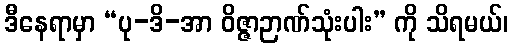
ဒီနေရာမှာ “ပု-ဒိ-အာ ဝိဇ္ဇာဉာဏ်သုံးပါး” ကို သိရမယ်၊